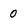
Character: 0